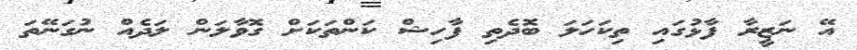
އޭ ނަޒީރާ ފާޅުގައި ތިކަހަލަ ބޮދެތި ފާހިޝް ކަންތަކަަށް ގޮވާލަން ލަދެއް ނުގަނޭތަ